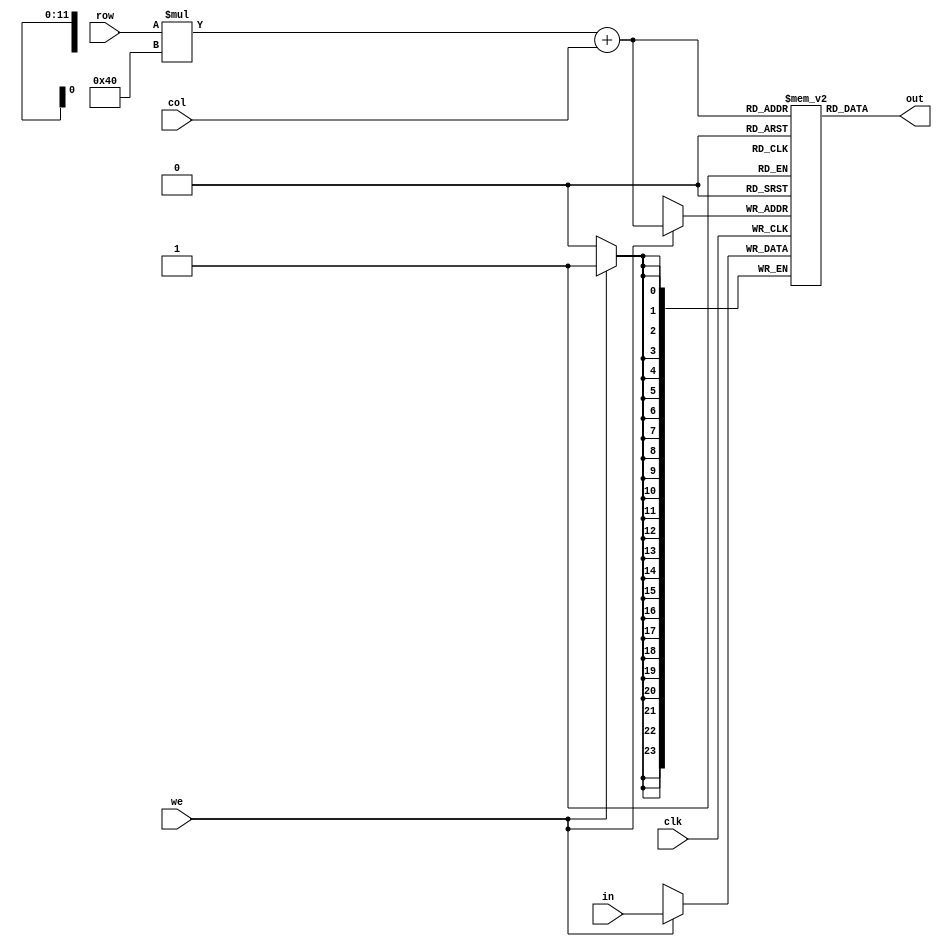
`timescale 1ns / 1ps

// !!! Nu includeti acest fisier in arhiva !!!

module image(
	input clk,			// clock 
	input[5:0] row,		// selecteaza un rand din imagine
	input[5:0] col,		// selecteaza o coloana din imagine
	input we,			// write enable (activeaza scrierea in imagine la randul si coloana date)
	input[23:0] in,		// valoarea pixelului care va fi scris pe pozitia data
	output[23:0] out);	// valoarea pixelului care va fi citit de pe pozitia data

reg[23:0]  data[63:0][63:0];

integer i, j;
initial begin
    for(i = 0; i < 64; i = i + 1)
        for(j = 0; j < 64; j = j + 1)
            data[i][j] = i + j;
end

assign out = data[row][col];
	
always @(posedge clk) begin
	if(we)
		data[row][col] <= in;
end

endmodule